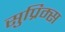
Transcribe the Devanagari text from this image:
सुप्रिम्स